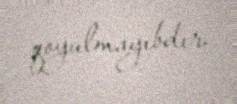
qoyulmayıbdır.